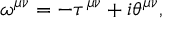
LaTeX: \omega ^ { \mu \nu } = - \tau ^ { \mu \nu } + i \theta ^ { \mu \nu } ,